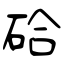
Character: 硆